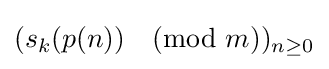
(s_{k}(p(n)){\pmod {m}})_{n\geq 0}